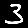
Digit: 3